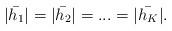
LaTeX: \begin{align*} |\bar{h_1}|=|\bar{h_2}|=...=|\bar{h_K}|.\end{align*}